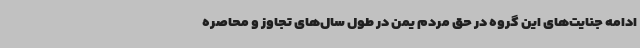
ادامه جنایت‌های این گروه در حق مردم یمن در طول سال‌های تجاوز و محاصره